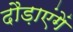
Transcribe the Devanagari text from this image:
दौड़ाएंगें